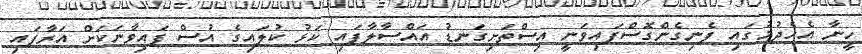
ހީނާ އެހެދުމުގައި ފެނިގެންގޮސްފައިވަނީ އިސްތަށިގަނޑު އައްސާލާފައި ކަޅު ކުލައިގެ އުސް ފައިވާނަކަށް އަރާފައި